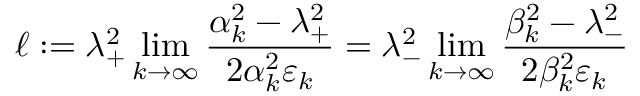
\ell : = \lambda _ { + } ^ { 2 } \operatorname* { l i m } _ { k \to \infty } \frac { \alpha _ { k } ^ { 2 } - \lambda _ { + } ^ { 2 } } { 2 \alpha _ { k } ^ { 2 } \varepsilon _ { k } } = \lambda _ { - } ^ { 2 } \operatorname* { l i m } _ { k \to \infty } \frac { \beta _ { k } ^ { 2 } - \lambda _ { - } ^ { 2 } } { 2 \beta _ { k } ^ { 2 } \varepsilon _ { k } }